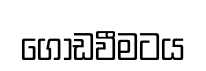
ගොඩවීමටය